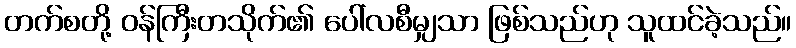
တက်စတို့ ဝန်ကြီးတသိုက်၏ ပေါ်လစီမျှသာ ဖြစ်သည်ဟု သူထင်ခဲ့သည်။